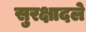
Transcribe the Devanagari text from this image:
सुरक्षादले